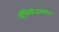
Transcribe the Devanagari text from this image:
सेमिकंडक्‍टर